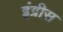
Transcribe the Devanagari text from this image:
इंग्रीस